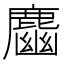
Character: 𪋎